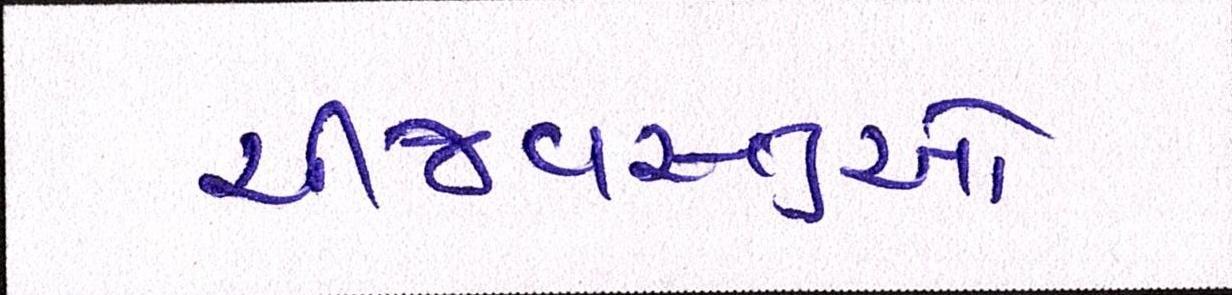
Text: ચીજવસ્તુઓ